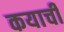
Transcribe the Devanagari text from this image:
कयाचीं